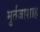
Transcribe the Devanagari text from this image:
मुर्तजाशाह